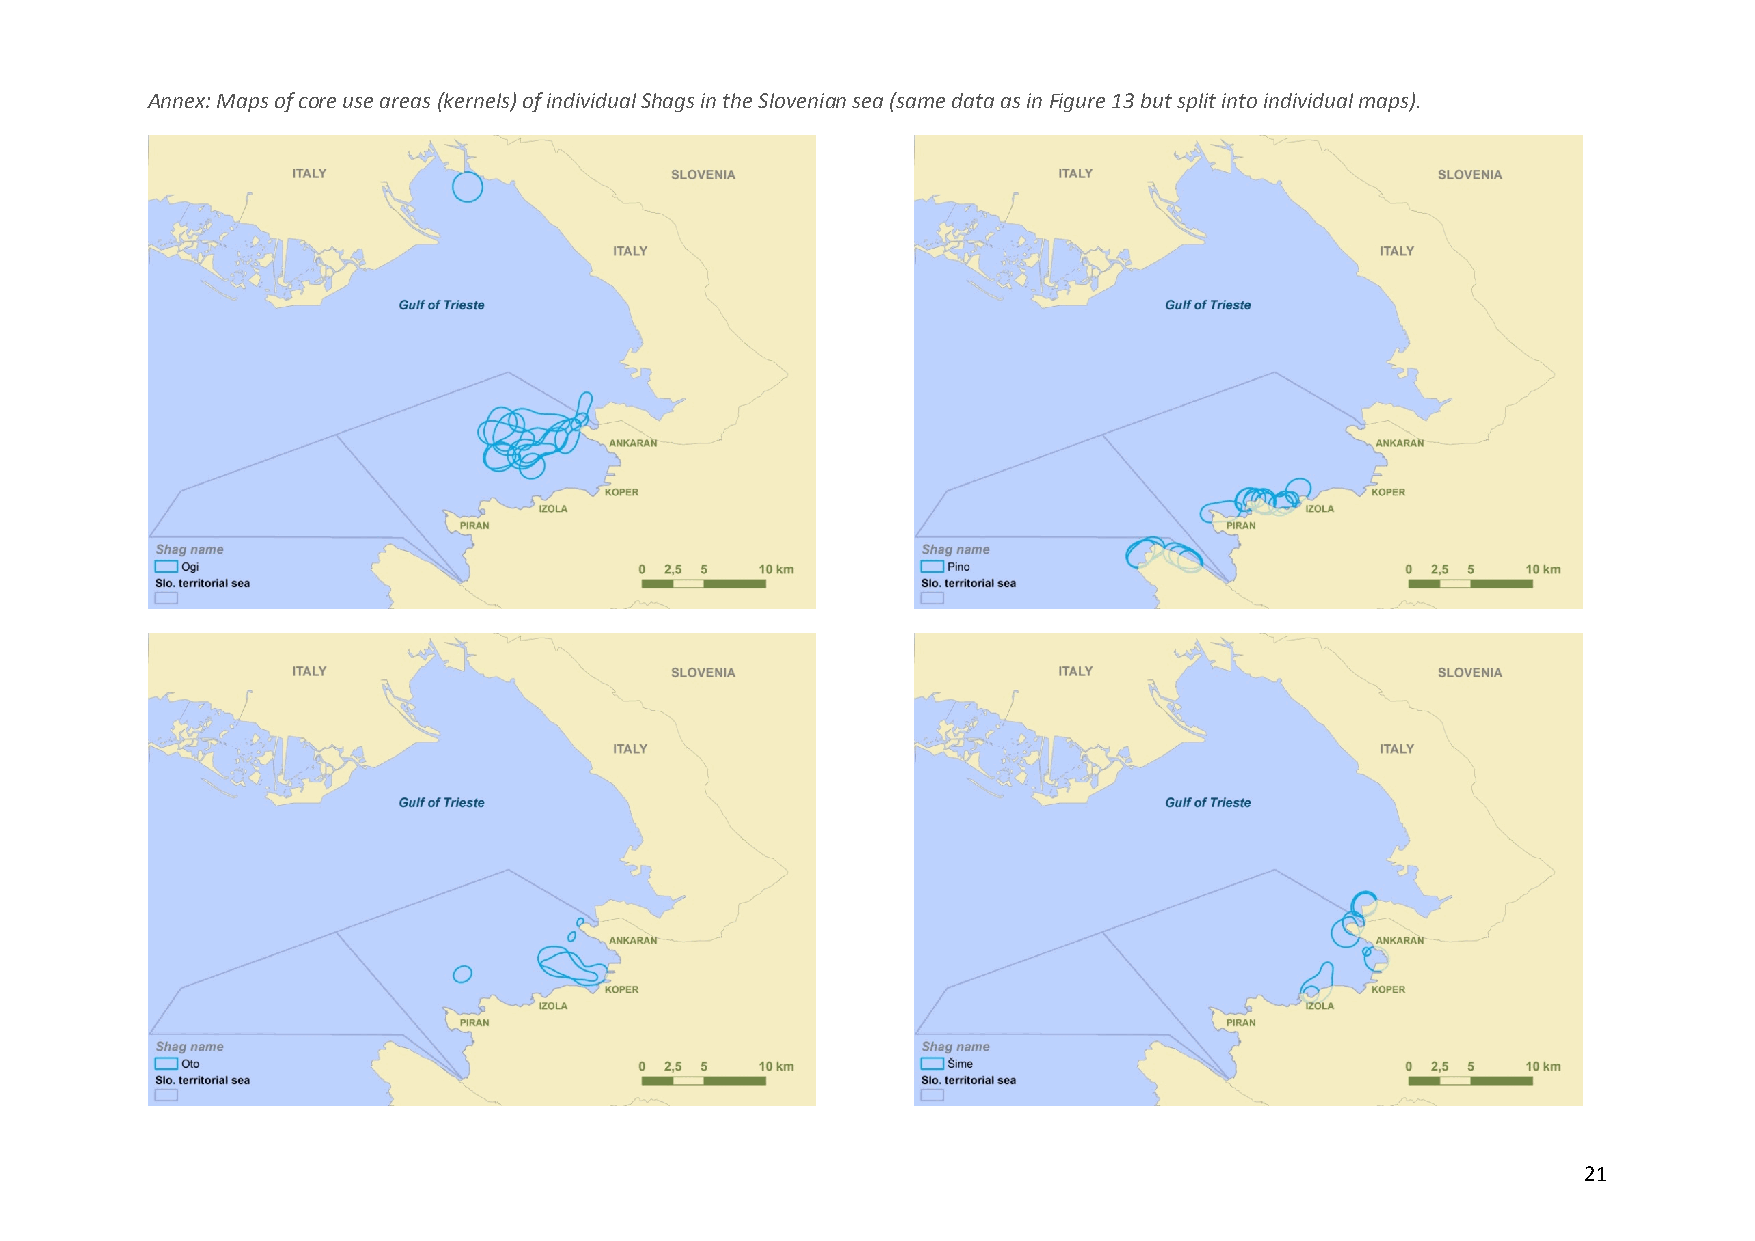
Annex: Maps of core use areas (kernels) of individual Shags in the Slovenian sea (same data as in Figure 13 but split into individual maps).
 21